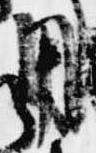
用